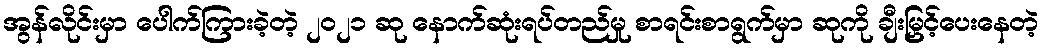
အွန်လိုင်းမှာ ပေါက်ကြားခဲ့တဲ့ ၂၀၂၁ ဆု နောက်ဆုံးရပ်တည်မှု စာရင်းစာရွက်မှာ ဆုကို ချီးမြှင့်ပေးနေတဲ့